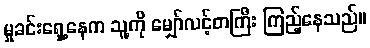
မှုခင်းရှေ့နေက သူ့ကို မျှော်လင့်တကြီး ကြည့်နေသည်။